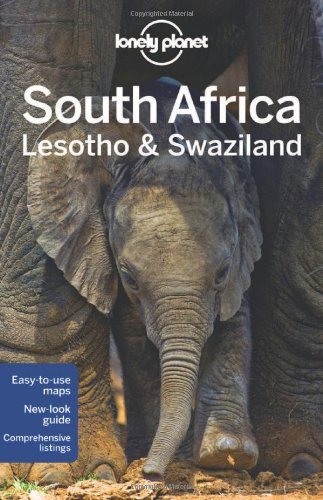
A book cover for By Lonely Planet Lonely Planet South Africa, Lesotho & Swaziland (Travel Guide) (9th Edition); Travel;